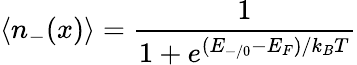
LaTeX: \langle n_{-}(x)\rangle=\frac{1}{1+e^{(E_{-/0}-E_{F})/k_{B}T}}